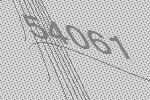
54061